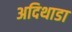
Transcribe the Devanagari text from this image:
अदिथाडा